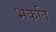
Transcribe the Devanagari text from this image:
भकति